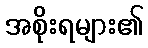
အစိုးရများ၏